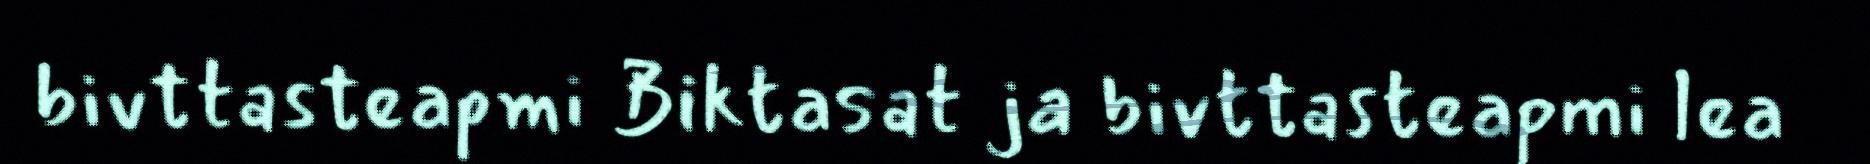
bivttasteapmi Biktasat ja bivttasteapmi lea